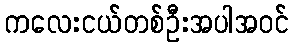
ကလေးငယ်တစ်ဦးအပါအဝင်